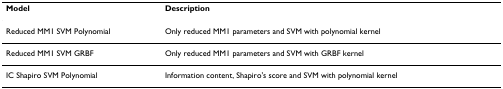
| Model | Description |
 | --- | --- |
 | Reduced MM1 SVM Polynomial | Only reduced MM1 parameters and SVM with polynomial kernel |
 | Reduced MM1 SVM GRBF | Only reduced MM1 parameters and SVM with GRBF kernel |
 | IC Shapiro SVM Polynomial | Information content, Shapiro's score and SVM with polynomial kernel |